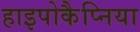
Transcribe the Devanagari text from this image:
हाइपोकैप्निया